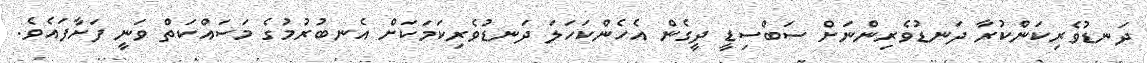
ދަނޑުވެރިކަންކުރާ ދަނޑުވެރިންނަށް ސަބްސިޑީ ދީގެން އެހެންކަހަލަ ދަނޑުވެރިކަމަކަށް އެނބުރުމުގެ މަސައްކަތް ވަނީ ފަށާފައެވެ.